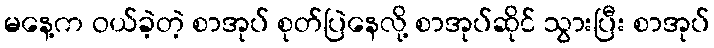
မနေ့က ဝယ်ခဲ့တဲ့ စာအုပ် စုတ်ပြဲနေလို့ စာအုပ်ဆိုင် သွားပြီး စာအုပ်